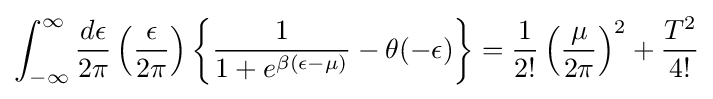
\int _{-\infty }^{\infty }{\frac {d\epsilon }{2\pi }}\left({\frac {\epsilon }{2\pi }}\right)\left\{{\frac {1}{1+e^{\beta (\epsilon -\mu )}}}-\theta (-\epsilon )\right\}={\frac {1}{2!}}\left({\frac {\mu }{2\pi }}\right)^{2}+{\frac {T^{2}}{4!}}